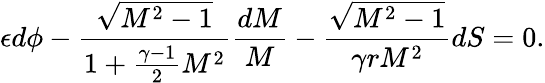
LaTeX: \epsilon d\phi-\frac{\sqrt{M^{2}-1}}{1+\frac{\gamma-1}{2}M^{2}}\frac{dM}{M}-\frac{\sqrt{M^{2}-1}}{\gamma rM^{2}}dS=0.